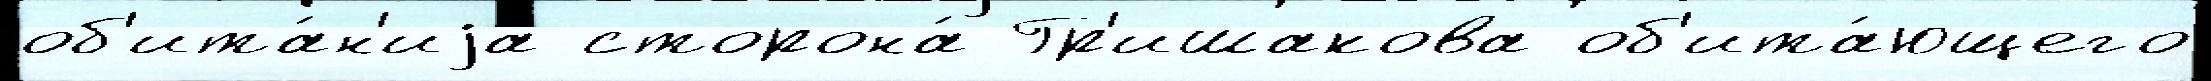
об'ита́н'иjа сторона́ Гр'ишакова об'ита́ющего